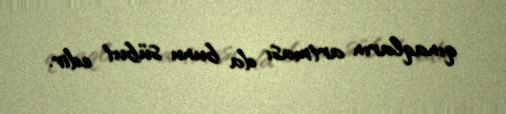
qınaqların artması da bunu sübut edir.